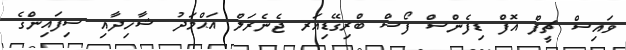
ވައިސް ޗީފް އޮފް ޑިފެންސް ފޯސް ބްރިގޭޑިއަރ ޖެނެރަލް އަޙްމަދު ޝާހިދާއި ސިފައިންގެ